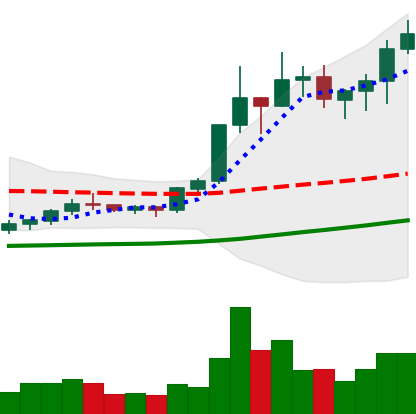
Ticker: XLM-USD
Chart end date: 2020-07-17
Forward return: -6.443%
Label: down_5_7